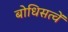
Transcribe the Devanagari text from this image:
बोधिसत्वें